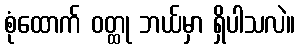
စုံထောက် ဝတ္ထု ဘယ်မှာ ရှိပါသလဲ။